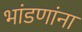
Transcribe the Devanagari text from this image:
भांडणांना